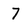
Character: 7